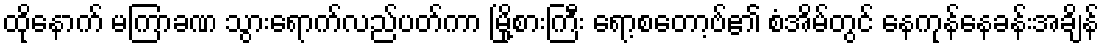
ထိုနောက် မကြာခဏ သွားရောက်လည်ပတ်ကာ မြို့စားကြီး ရော့စတော့ဗ်၏ စံအိမ်တွင် နေကုန်နေခန်းအချိန်